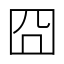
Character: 囧